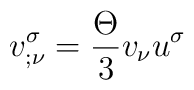
v_{;\nu }^{\sigma }=\frac{\Theta }{3}v_{\nu }u^{\sigma }